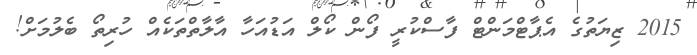
2015 ޒިޔަތުގެ އެޕާޓްމަންޓް ފާސްކުރީ ފޯން ކޯލް އަޑުއަހާ އާލާތްތަކެއް ހުރިތޯ ބެލުމަށް!